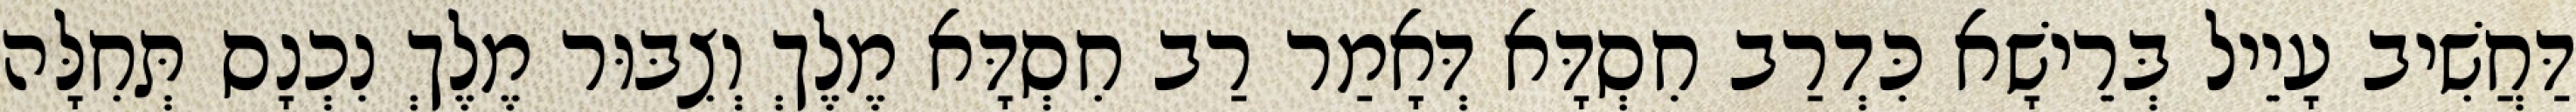
דַּחֲשִׁיב עָיֵיל בְּרֵישָׁא כִּדְרַב חִסְדָּא דְּאָמַר רַב חִסְדָּא מֶלֶךְ וְצִבּוּר מֶלֶךְ נִכְנָס תְּחִלָּה